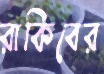
রাকিবের